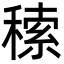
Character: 䅴